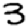
Digit: 3